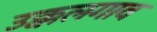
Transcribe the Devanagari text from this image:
उक्कलगाव